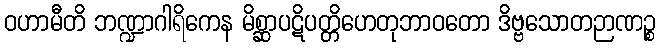
ဝဟာမီတိ ဘဏ္ဍာဂါရိကေန မိစ္ဆာပဋိပတ္တိဟေတုဘာဝတော ဒိဗ္ဗသောတဉာဏဉ္စ